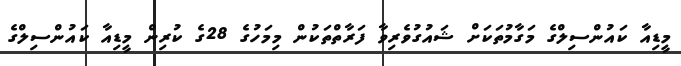
މީޑިއާ ކައުންސިލްގެ މަގާމުތަކަށް ޝައުގުވެރިވާ ފަރާތްތަކުން މިމަހުގެ 28ގެ ކުރިން މީޑިއާ ކައުންސިލްގެ